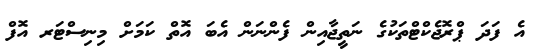
އެ ފަދަ ޕްރޮޖެކްޓްތަކުގެ ނަތީޖާއިން ފެންނަން އެބަ އޮތް ކަމަށް މިނިސްޓަރ އޮފް